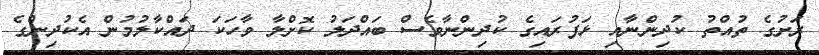
ރަށުގެ ތުއްތު ކުދިންނާއި ޅަފުރައިގެ ކުދިންނާވެސް ބައްދަލު ކޮށްލާ ވާހަކަ ދައްކާލުމުން އެކުދިންގެ